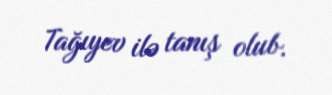
Tağıyev ilə tanış olub.